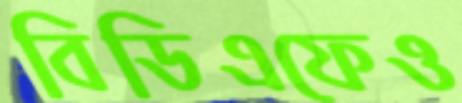
বিডিএফেও